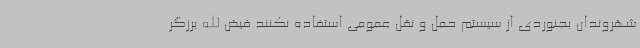
شهروندان بجنوردی از سیستم حمل و نقل عمومی استفاده نکنند فیض الله برزگر